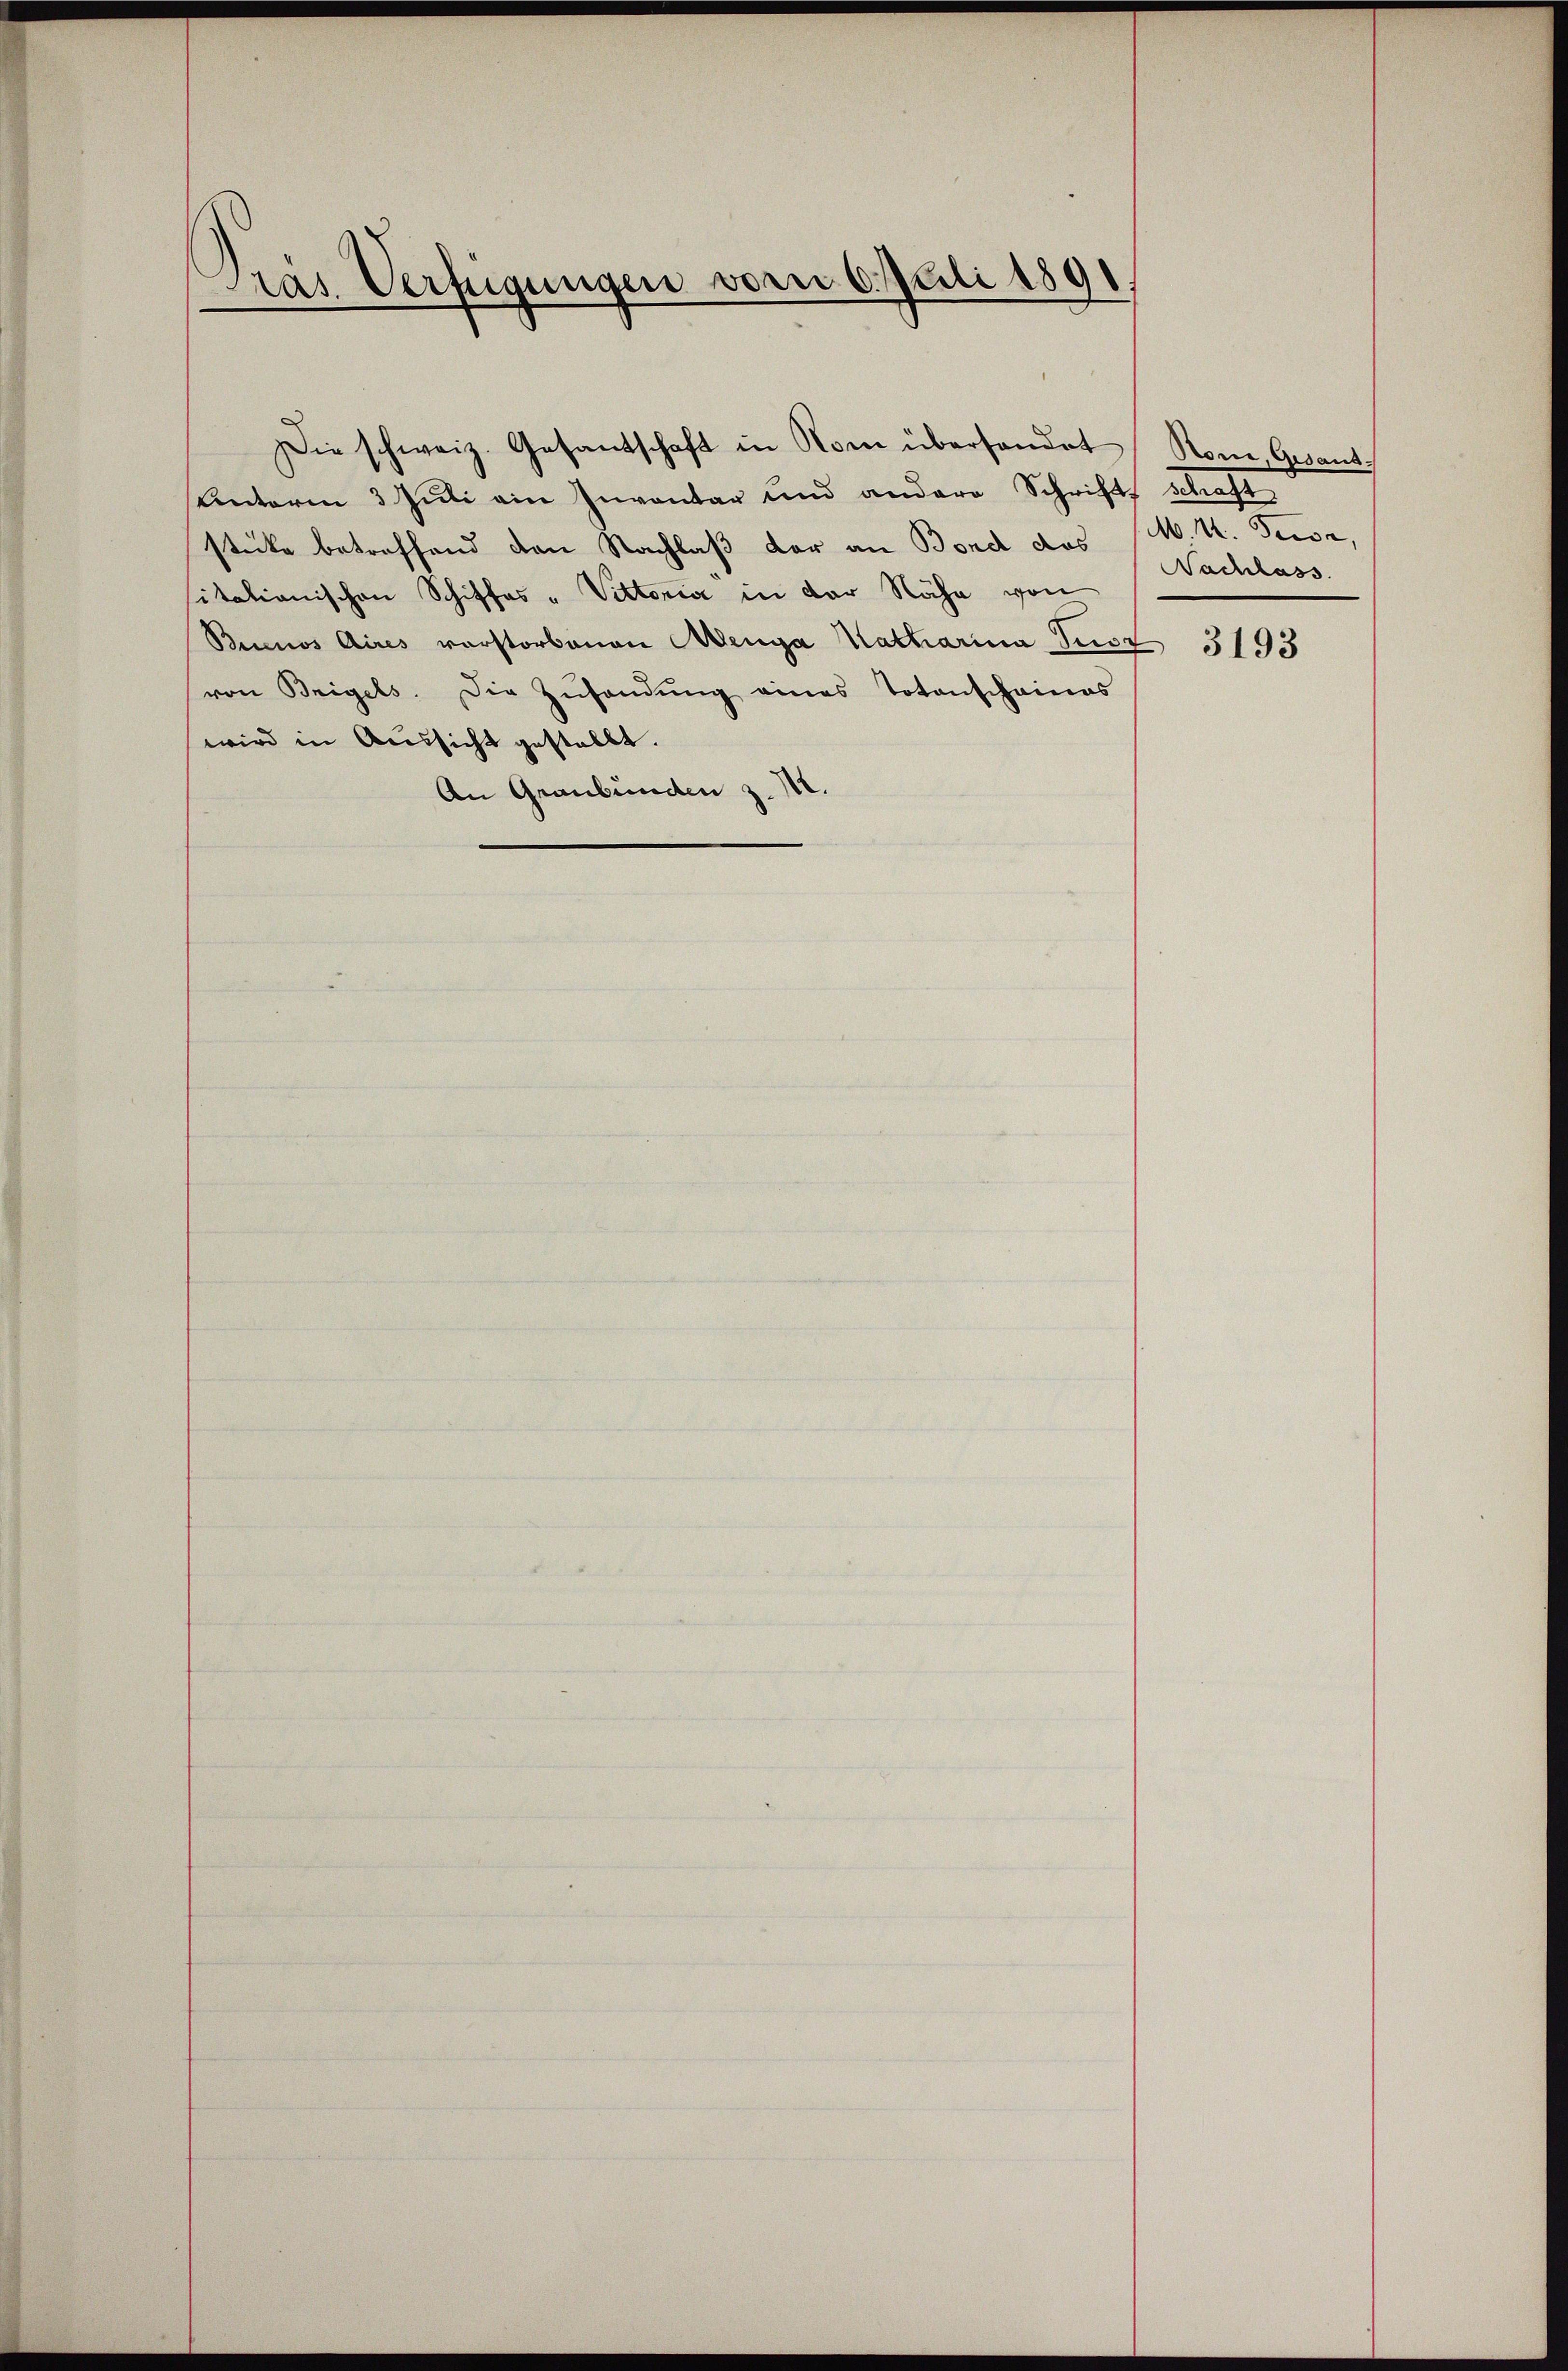
Pras Verfügungen vom 6. Juli 1891

Unterm 3 Juli ein Inventar und andere Schrift, schaft
stücke betreffend den Nachlaß der an Bond das M. K. Tuor,
itationischen Schiffes -Vittoria in der Nähe von
Buenos Aires verstorbenen Menga Katharina Just
von Beigels. Die Zŭsandŭng eines Totenschaines
wird in Aussicht gestellt.
An Graubünden z. M.

Die schweiz. Gesantschaft in Rom überhandet Rom, Gesand

Nachlass

3193